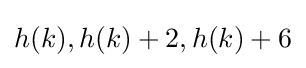
h(k),h(k)+2,h(k)+6